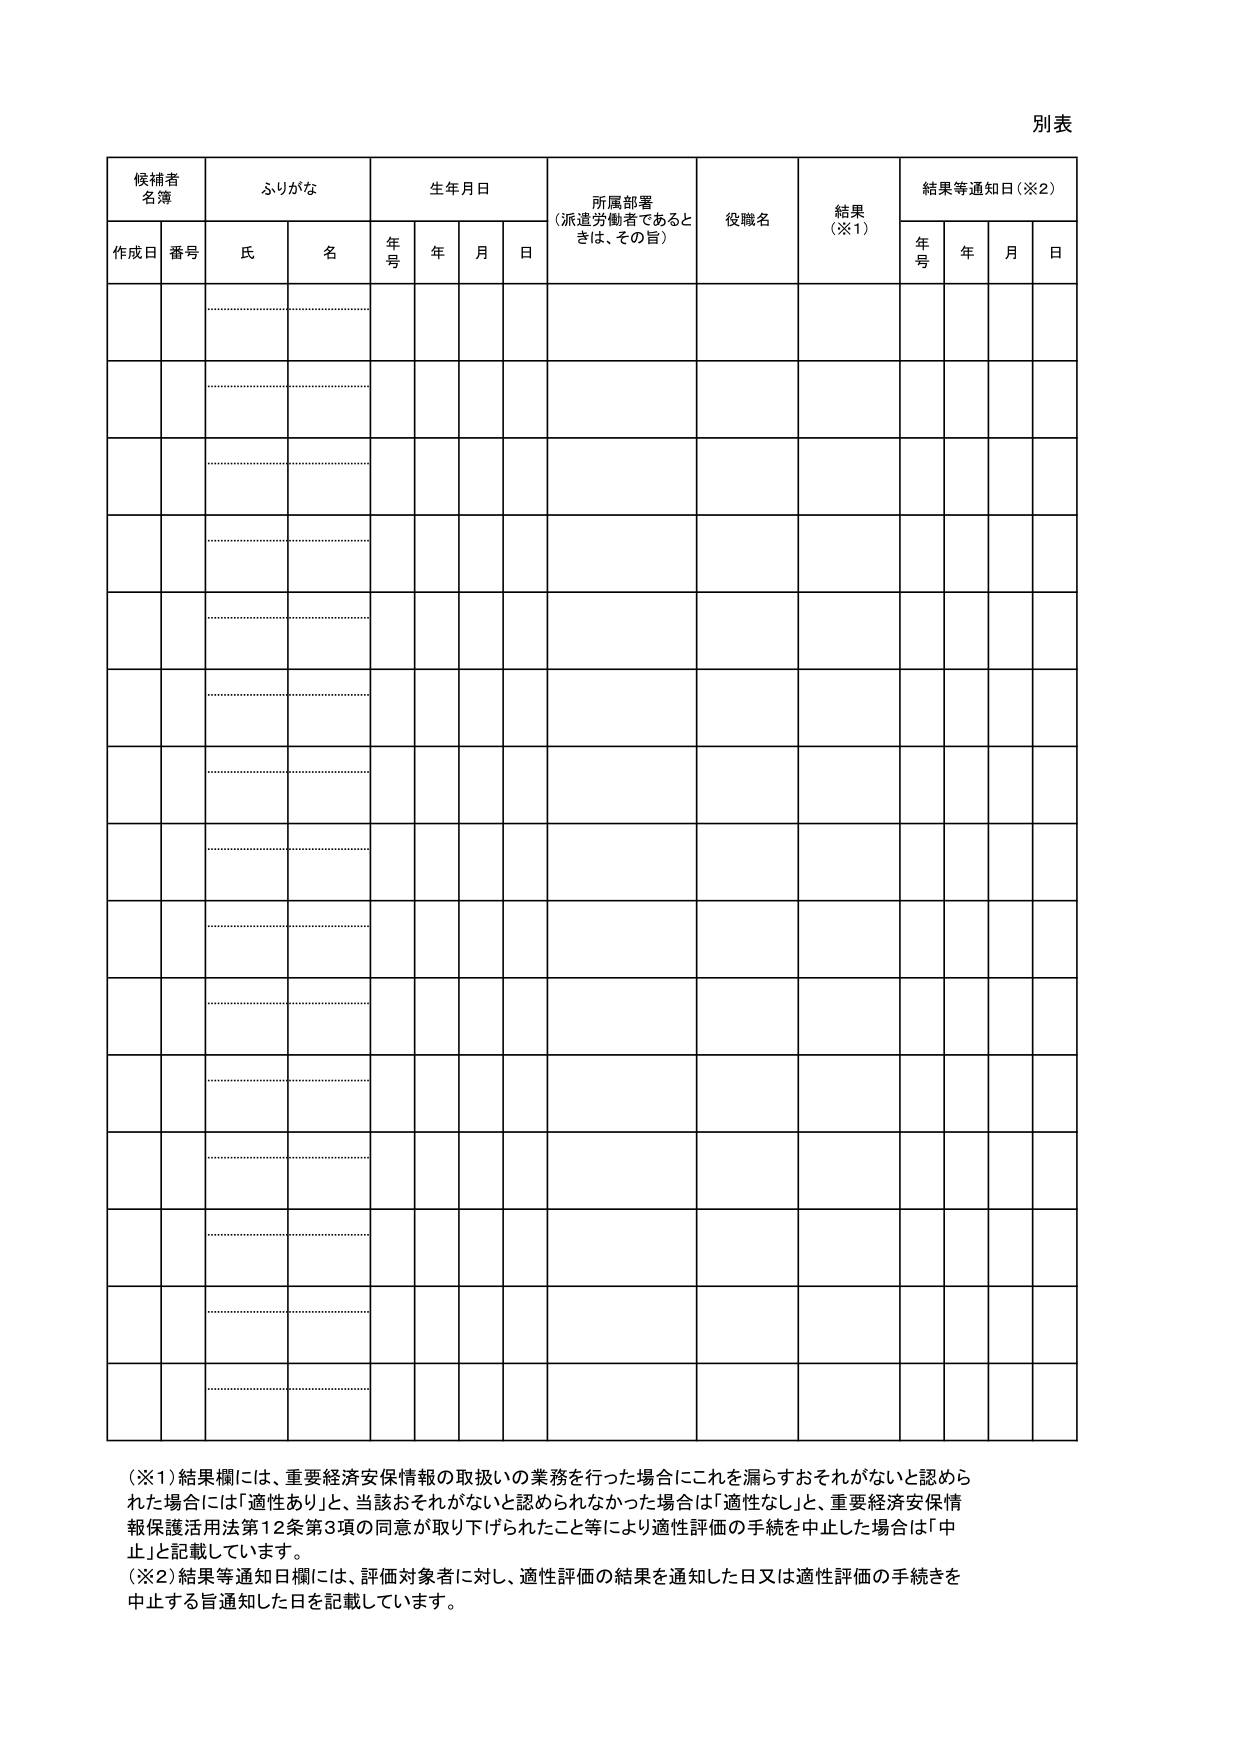
別表

候補者
名簿

ふりがな

生年月日

所属部署
（派遣労働者であるとき、その旨）

役職名

結果
（※1）

結果等通知日（※2）

作成日

番号

氏

名

年号

年

月

日

年号

年

月

日

（※1）結果欄には、重要経済安保情報の取扱いの業務を行った場合にこれを漏らすおそれがないと認められた場合には「適性あり」と、当該おそれがないと認められなかった場合は「適性なし」と、重要経済安保情報保護活用法第12条第3項の同意が取り下げられたこと等により適性評価の手続を中止した場合は「中止」と記載しています。

（※2）結果等通知日欄には、評価対象者に対し、適性評価の結果を通知した日又は適性評価の手続きを中止する旨通知した日を記載しています。